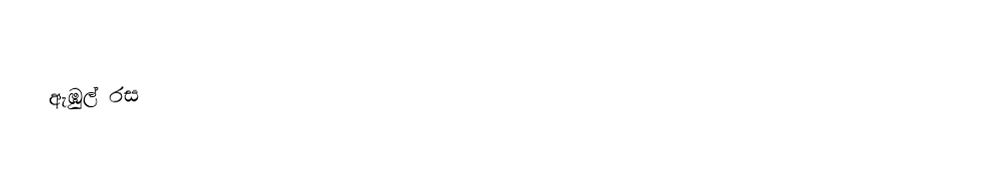
ඇඹුල් රස